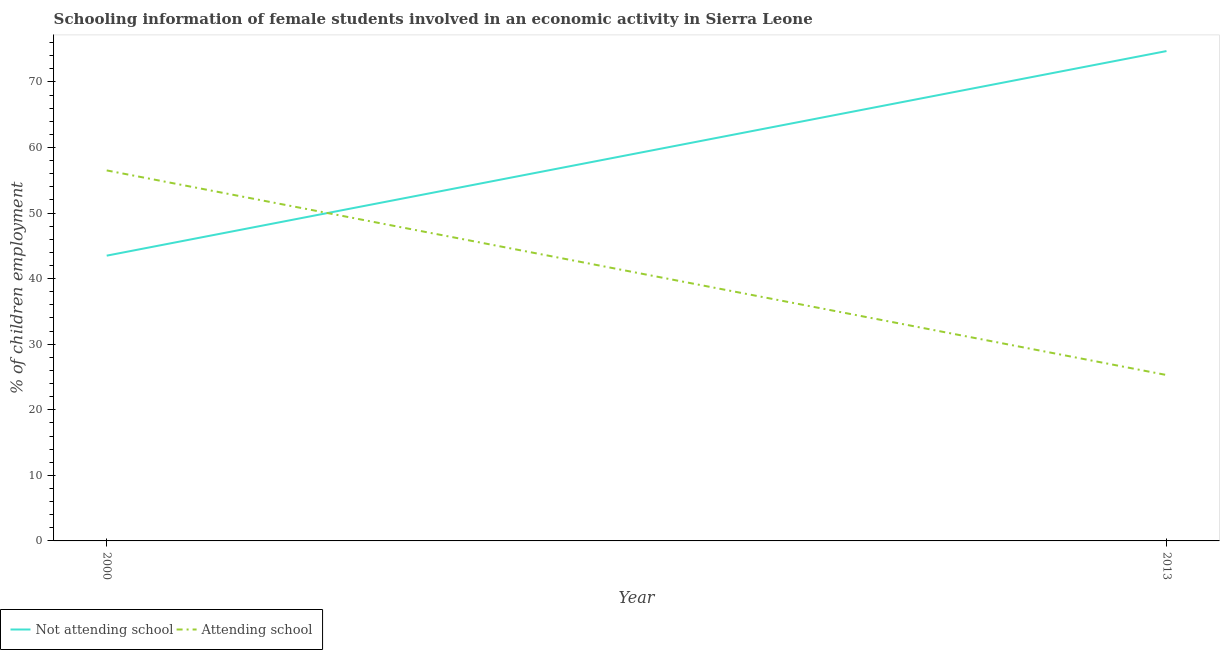
| Year | Not attending school | Attending school |
 | --- | --- | --- |
 | 2000 | 43.5 | 56.5 |
 | 2013 | 74.7 | 25.3 |